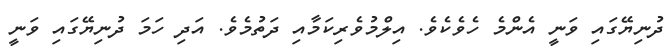
ދުނިޔޭގައި ވަނީ އެންމެ ހެވެކެވެ. އިލްމުވެރިކަމާއި ދަތުމެވެ. އަދި ހަމަ ދުނިޔޭގައި ވަނީ